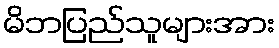
မိဘပြည်သူများအား